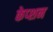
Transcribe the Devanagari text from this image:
केप्‍शन